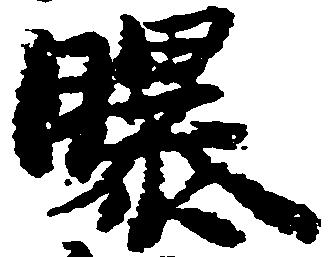
曝